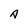
Character: A